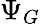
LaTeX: \Psi_{G}